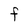
Character: F